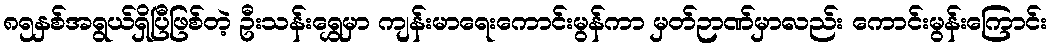
၈၅နှစ်အရွယ်ရှိပြီဖြစ်တဲ့ ဦးသန်းရွှေမှာ ကျန်းမာရေးကောင်းမွန်ကာ မှတ်ဉာဏ်မှာလည်း ကောင်းမွန်းကြောင်း